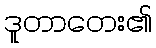
ဒူတာတေး၏